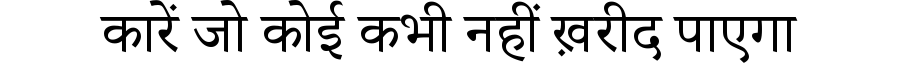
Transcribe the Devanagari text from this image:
कारें जो कोई कभी नहीं ख़रीद पाएगा